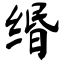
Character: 缗